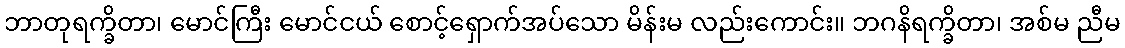
ဘာတုရက္ခိတာ၊ မောင်ကြီး မောင်ငယ် စောင့်ရှောက်အပ်သော မိန်းမ လည်းကောင်း။ ဘဂနိရက္ခိတာ၊ အစ်မ ညီမ